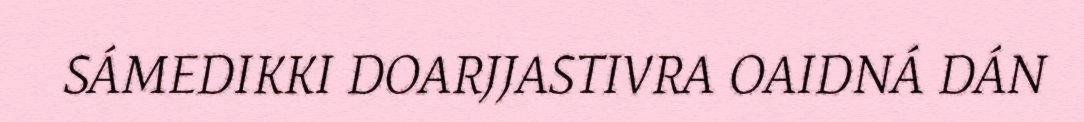
SÁMEDIKKI DOARJJASTIVRA OAIDNÁ DÁN